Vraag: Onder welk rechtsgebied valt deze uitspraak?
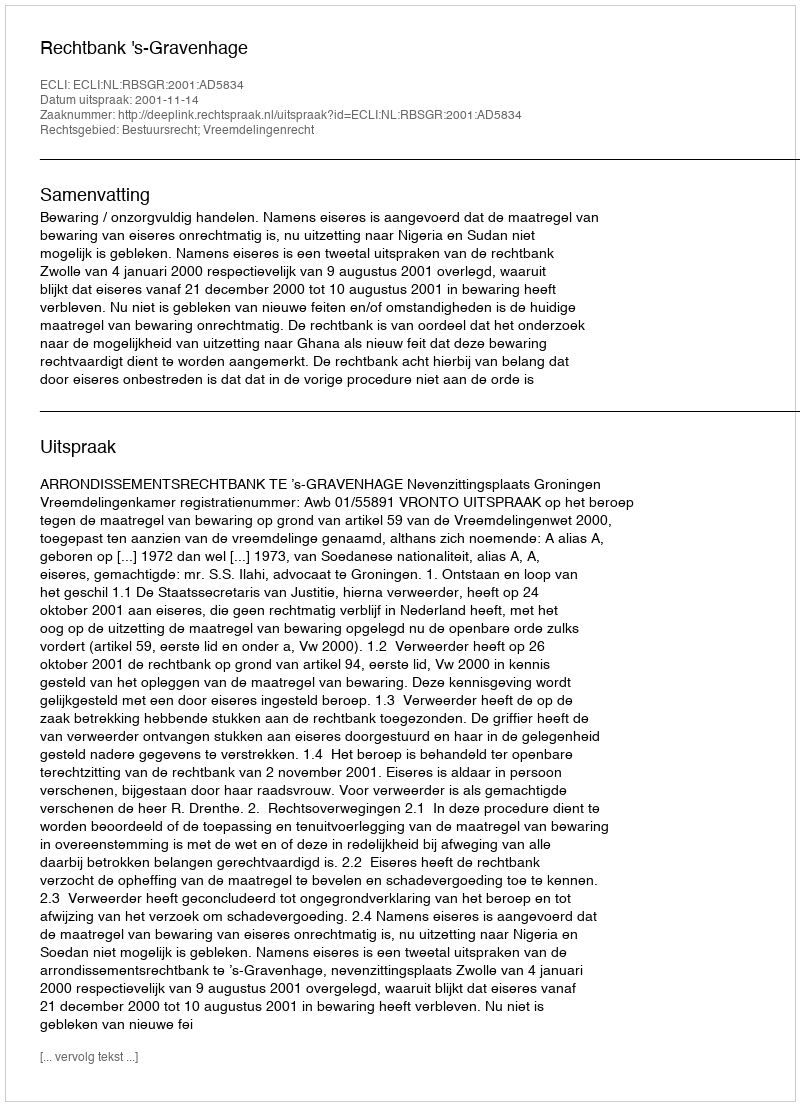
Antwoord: Bestuursrecht; Vreemdelingenrecht